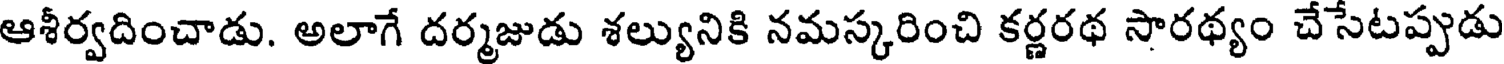
ఆశీర్వదించాడు. అలాగే దర్మజుడు శల్యునికి నమస్కరించి కర్ణరథ సారథ్యం చేసేటప్పుడు